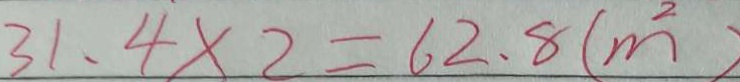
3 1 . 4 \times 2 = 6 2 . 8 ( m ^ { 2 } )